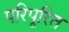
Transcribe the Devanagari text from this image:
परिपूरित